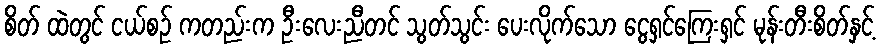
စိတ် ထဲတွင် ငယ်စဉ် ကတည်းက ဦးလေးညီတင် သွတ်သွင်း ပေးလိုက်သော ငွေရှင်ကြေးရှင် မုန်းတီးစိတ်နှင့်